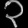
Digit: ၃